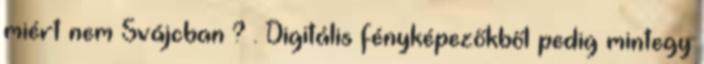
miért nem Svájcban ? . Digitális fényképezőkből pedig mintegy